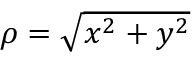
\textstyle \rho = { \sqrt { x ^ { 2 } + y ^ { 2 } } }